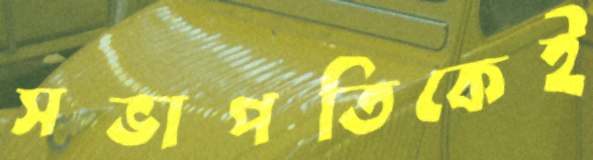
সভাপতিকেই